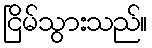
ငြိမ်သွားသည်။